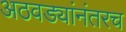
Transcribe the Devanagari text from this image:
अठवड्यांनंतरच